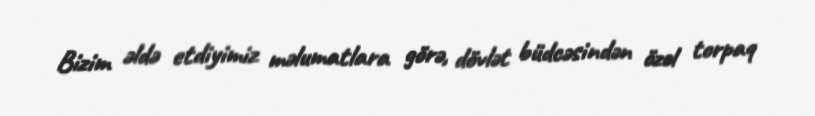
Bizim əldə etdiyimiz məlumatlara görə, dövlət büdcəsindən özəl torpaq